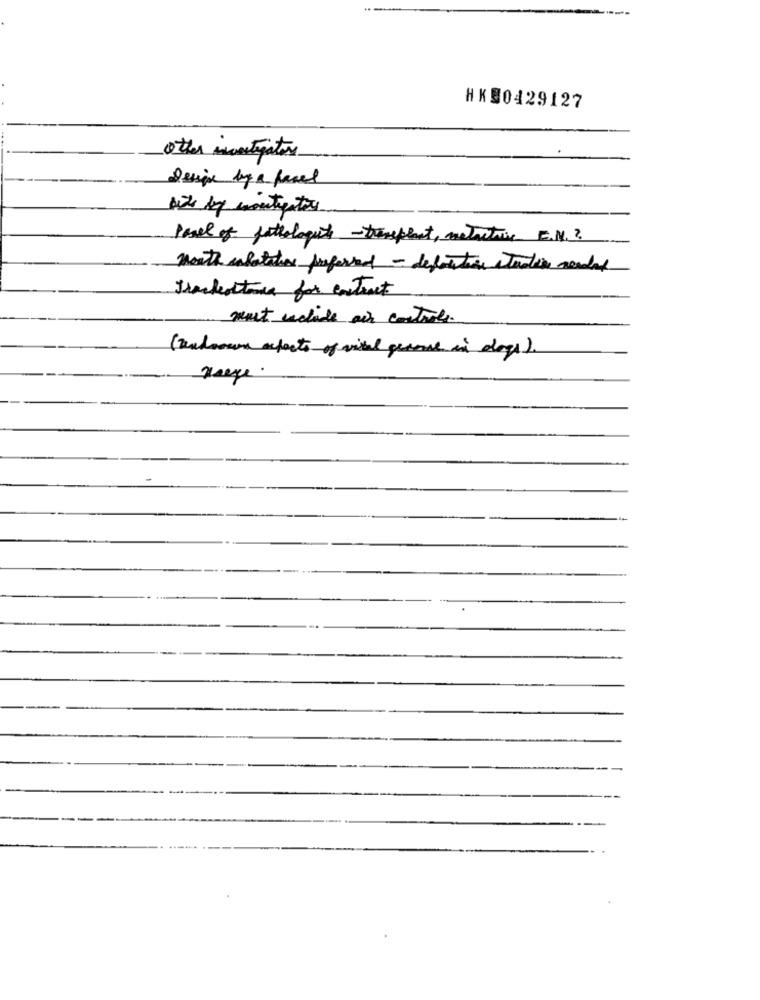
HKS0429127
other investigators
12 kg contigatos
Panel of fattologut -transplant, metacting E.M .?
north salutations preferred - definition stacking noaded
Trackottime for extract
must cachide air controle.
(Zadoouma aspects of vital personal in dogs ).